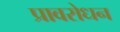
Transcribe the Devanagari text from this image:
प्रावरोधन